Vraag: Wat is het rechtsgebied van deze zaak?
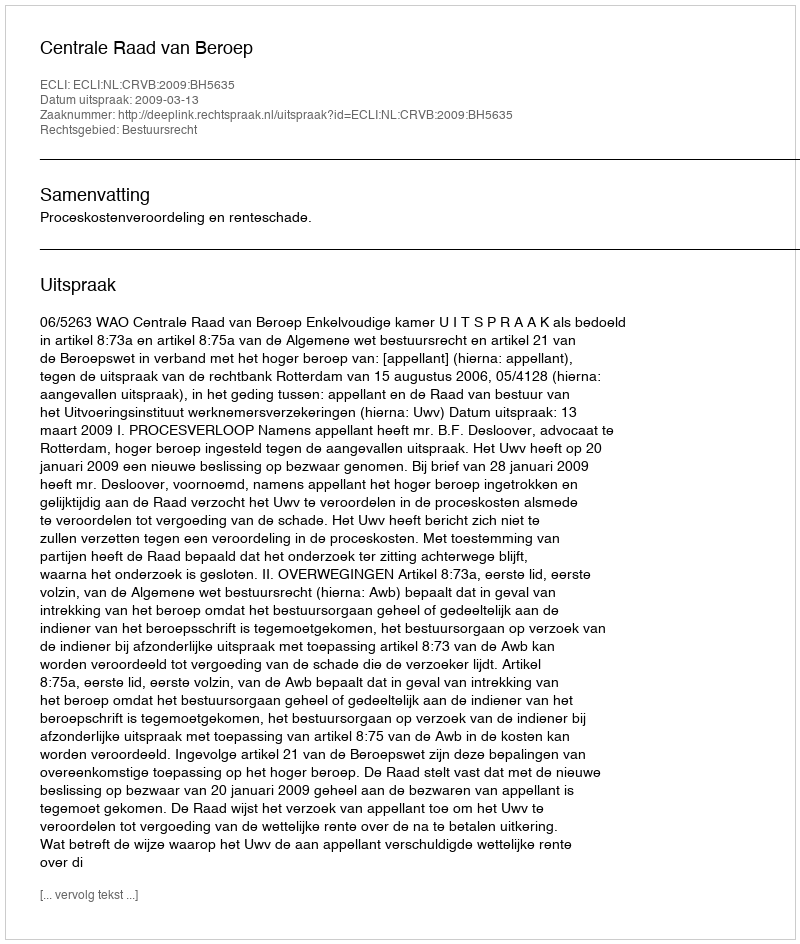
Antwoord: Bestuursrecht